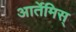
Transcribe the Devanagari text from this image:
आर्तेमिस्